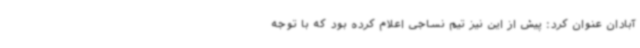
آبادان عنوان کرد: پیش از این نیز تیم نساجی اعلام کرده بود که با توجه